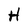
Character: H